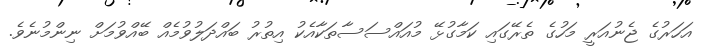
އަހަރުގެ ޖެނުއަރީ މަހުގެ ތެރޭގައި ކަމާގުޅޭ މުއައްސަސާތަކާއެކު އިތުރު ބައްދަލުވުމެއް ބޭއްވުމަށް ނިންމުނެވެ.